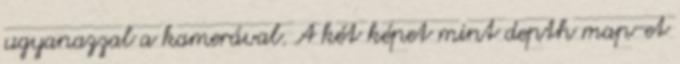
ugyanazzal a kamerával. A két képet mint depth map-et